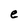
Character: e